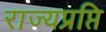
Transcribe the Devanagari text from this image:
राज्यप्रप्ति